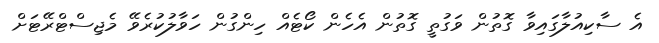
އެ ސާކިއުލާގައިވާ ގޮތުން ވަގުތީ ގޮތުން އެހެން ކޯޓެއް ހިންގުން ހަވާލުކުރެވޭ މެޖިސްޓްރޭޓަށް